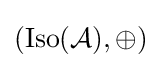
(\mathrm {Iso} ({\mathcal {A}}),\oplus )